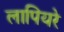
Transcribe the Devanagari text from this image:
लापियरे